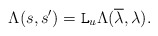
\begin{align*} \Lambda(s,s') = \mathtt{L}_u \Lambda(\overline{\lambda},\lambda). \end{align*}